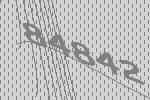
84842